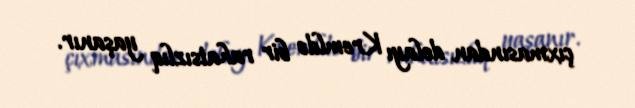
çıxmasından dolayı Kremldə bir rahatsızlıq yaşanır.